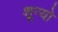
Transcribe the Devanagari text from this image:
शून्यो